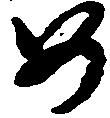
め